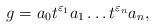
LaTeX: \begin{align*}g=a_0t^{\varepsilon_1}a_1\dots t^{\varepsilon_n}a_n,\end{align*}